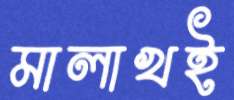
মালাখই